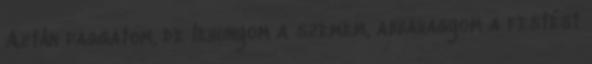
Aztán faggatom, de lehunyom a szemem, abbahagyom a festést